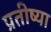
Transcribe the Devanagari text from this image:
प्रतीष्या